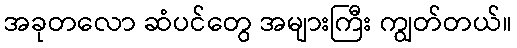
အခုတလော ဆံပင်တွေ အများကြီး ကျွတ်တယ်။